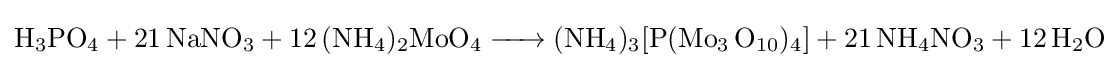
{\ce {H3PO4 + 21NaNO3 + 12(NH4)2MoO4 -> (NH4)3[P(Mo3 O10)4] + 21NH4NO3 + 12H2O}}